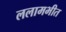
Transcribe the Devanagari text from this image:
ललामभीत